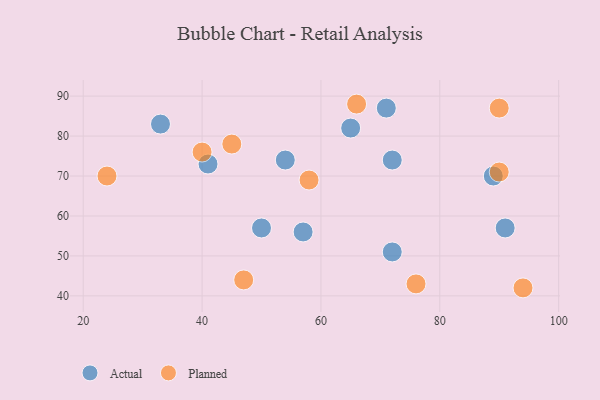
{"axis": {"x": "GDP", "y": "Life Expectancy"}, "legend": ["Actual", "Planned"], "data": [{"x": "54", "y": 74, "type": "Actual"}, {"x": "91", "y": 57, "type": "Actual"}, {"x": "57", "y": 56, "type": "Actual"}, {"x": "72", "y": 74, "type": "Actual"}, {"x": "65", "y": 82, "type": "Actual"}, {"x": "89", "y": 70, "type": "Actual"}, {"x": "41", "y": 73, "type": "Actual"}, {"x": "71", "y": 87, "type": "Actual"}, {"x": "50", "y": 57, "type": "Actual"}, {"x": "33", "y": 83, "type": "Actual"}, {"x": "72", "y": 51, "type": "Actual"}, {"x": "66", "y": 88, "type": "Planned"}, {"x": "94", "y": 42, "type": "Planned"}, {"x": "24", "y": 70, "type": "Planned"}, {"x": "45", "y": 78, "type": "Planned"}, {"x": "90", "y": 71, "type": "Planned"}, {"x": "76", "y": 43, "type": "Planned"}, {"x": "47", "y": 44, "type": "Planned"}, {"x": "90", "y": 87, "type": "Planned"}, {"x": "40", "y": 76, "type": "Planned"}, {"x": "58", "y": 69, "type": "Planned"}]}